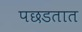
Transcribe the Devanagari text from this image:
पछडतात